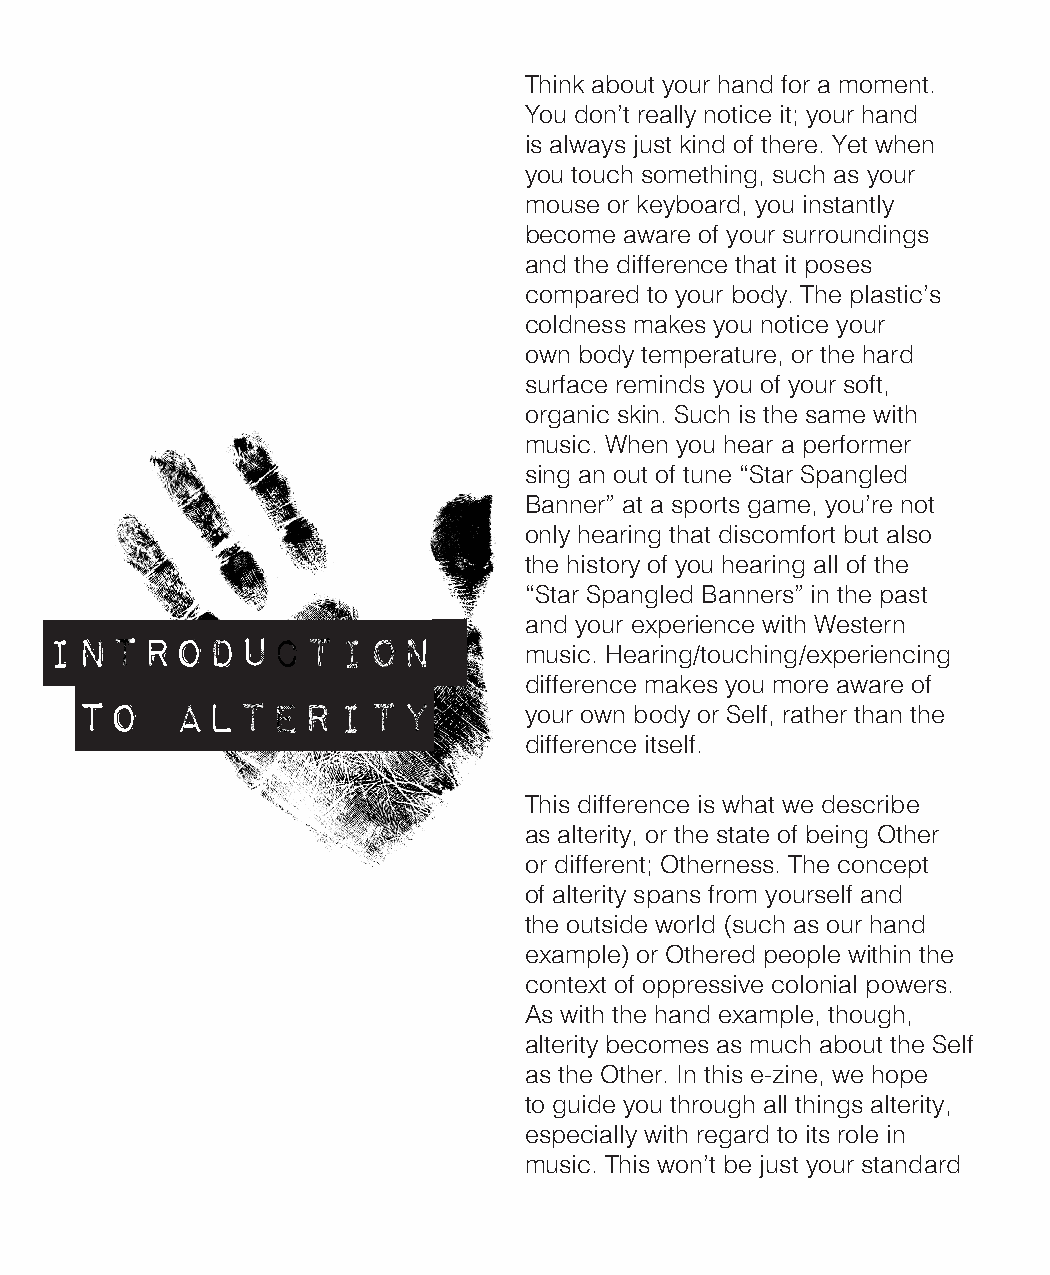
Think about your hand for a moment.
 You don’t really notice it; your hand
 is always just kind of there. Yet when
 you touch something, such as your
 mouse or keyboard, you instantly
 become aware of your surroundings
 and the difference that it poses
 compared to your body. The plastic’s
 coldness makes you notice your
 own body temperature, or the hard
 surface reminds you of your soft,
 organic skin. Such is the same with
 music. When you hear a performer
 sing an out of tune “Star Spangled
 Banner” at a sports game, you’re not
 only hearing that discomfort but also
 the history of you hearing all of the
 “Star Spangled Banners” in the past
 and your experience with Western
 introduction
 music. Hearing/touching/experiencing
 difference makes you more aware of
 to     alterity
 your own body or Self, rather than the
 difference itself.
 This difference is what we describe
 as alterity, or the state of being Other
 or different; Otherness. The concept
 of alterity spans from yourself and
 the outside world (such as our hand
 example) or Othered people within the
 context of oppressive colonial powers.
 As with the hand example, though,
 alterity becomes as much about the Self
 as the Other. In this e-zine, we hope
 to guide you through all things alterity,
 especially with regard to its role in
 music. This won’t be just your standard